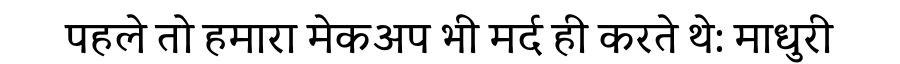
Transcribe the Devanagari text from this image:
पहले तो हमारा मेकअप भी मर्द ही करते थे: माधुरी